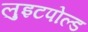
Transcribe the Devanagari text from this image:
लुइटपोल्ड